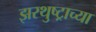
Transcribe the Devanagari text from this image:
झरथुष्ट्राच्या